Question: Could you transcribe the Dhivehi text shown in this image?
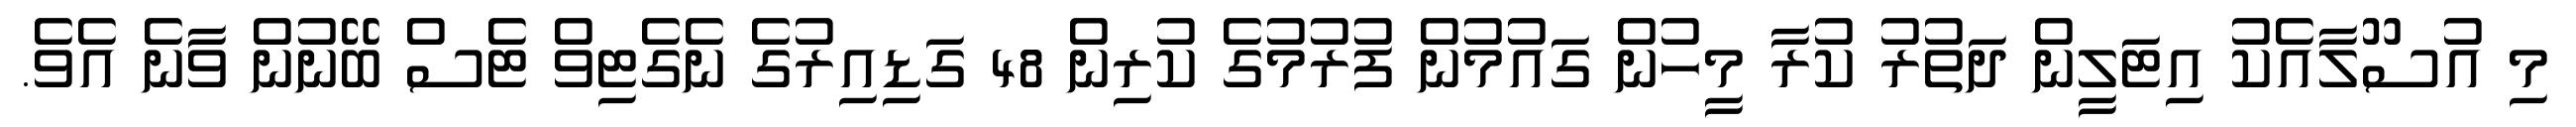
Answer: މި އުސޫލާއެކު އިޓަލީން ދަތުރު ކުރާ މީހުން ގައުމުން ފުރުމުގެ ކުރިން 48 ގަޑިއިރުގެ ނެގެޓިވް ޓެސް ބޭނުން ވާނެ އެވެ.